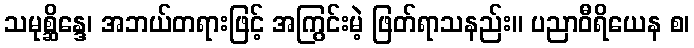
သမုစ္ဆိန္ဒေ၊ အဘယ်တရားဖြင့် အကြွင်းမဲ့ ဖြတ်ရာသနည်း။ ပညာဝီရိယေန စ၊